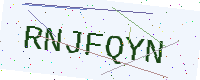
Text: RNJFQYN